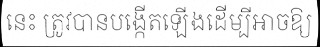
នេះ ត្រូវបានបង្កើតឡើងដើម្បីអាចឱ្យ